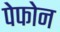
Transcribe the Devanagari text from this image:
पेफोन